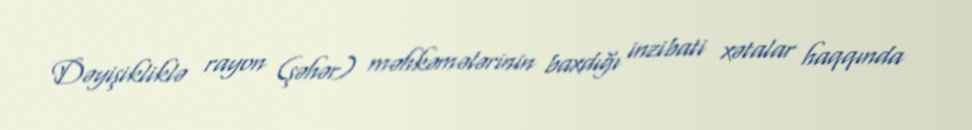
Dəyişikliklə rayon (şəhər) məhkəmələrinin baxdığı inzibati xətalar haqqında